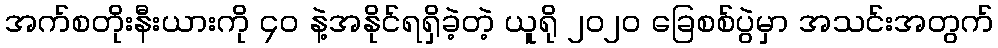
အက်စတိုးနီးယားကို ၄ဝ နဲ့အနိုင်ရရှိခဲ့တဲ့ ယူရို ၂၀၂၀ ခြေစစ်ပွဲမှာ အသင်းအတွက်